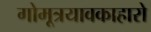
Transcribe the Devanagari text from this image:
गोमूत्रयावकाहारो